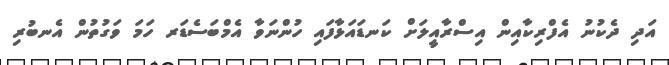
އަދި ދެކުނު އެފްރިކާއިން އިސްރާއީލަށް ކަނޑައަޅާފައި ހުންނަވާ އެމްބަސެޑަރ ހަމަ ވަގުތުން އެނބުރި